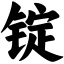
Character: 锭